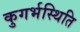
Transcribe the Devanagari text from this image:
कुगर्भस्थिति